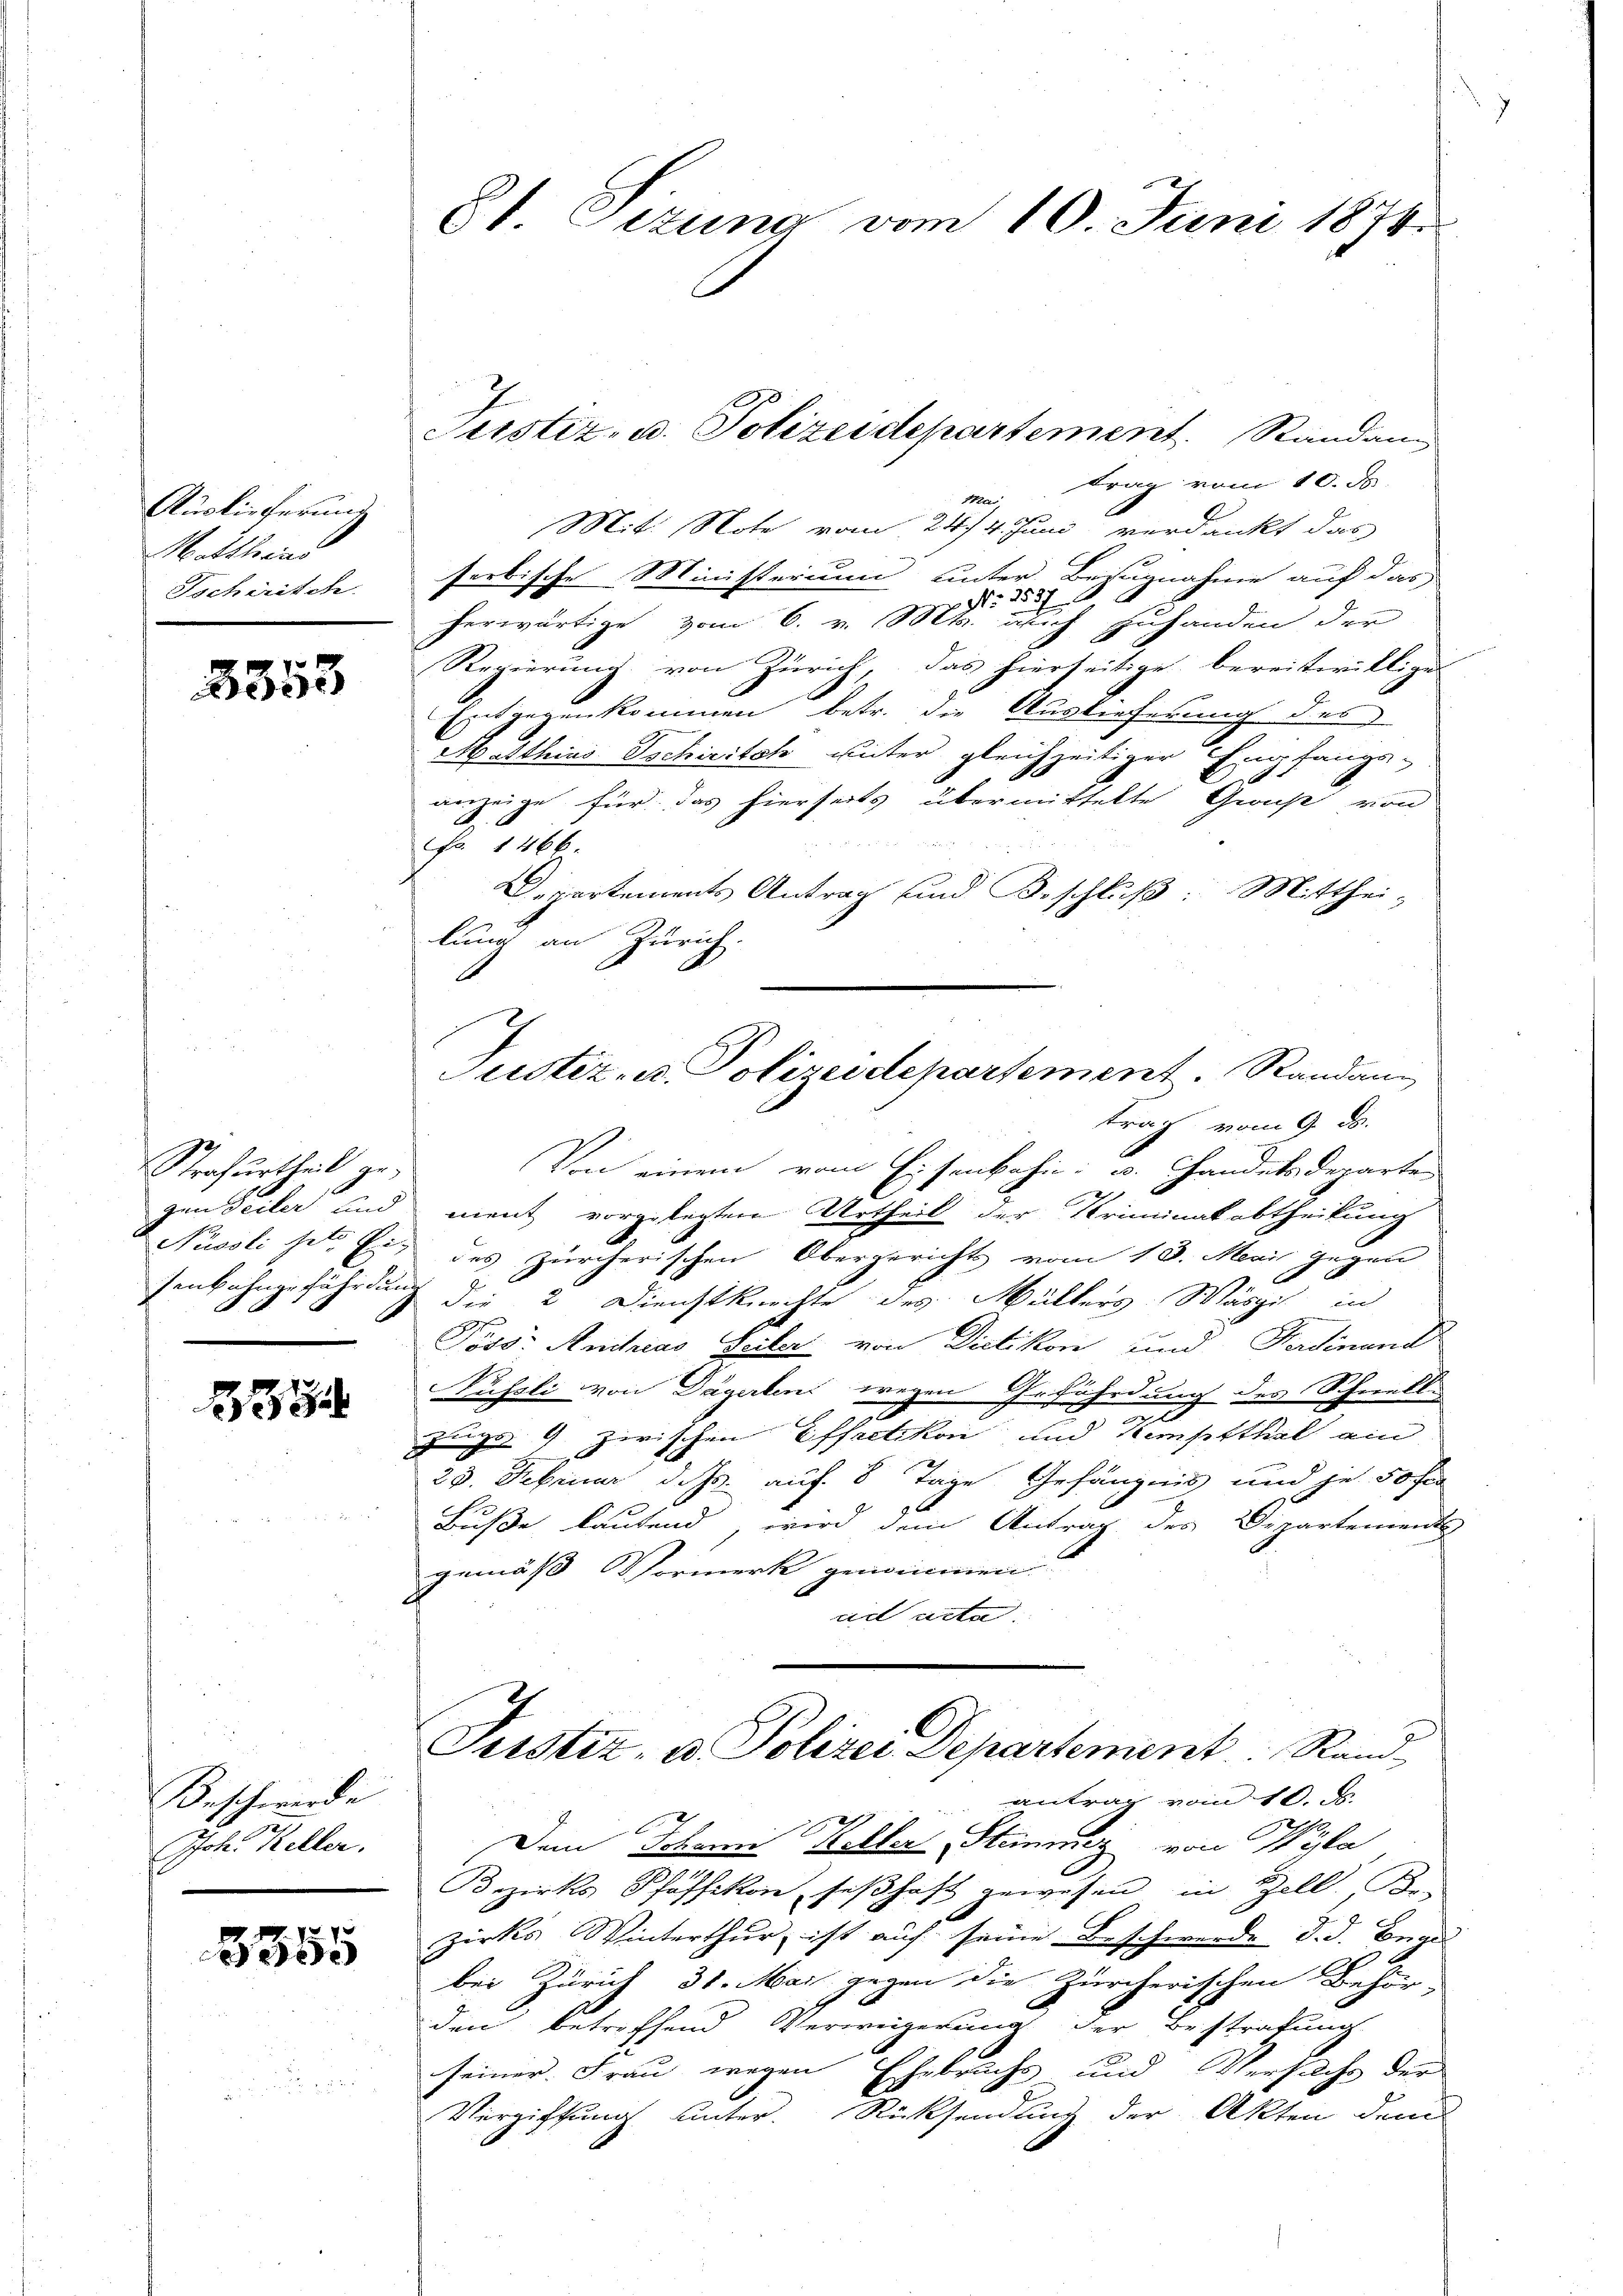
Auslieferung
Matthias
Tschirisch

5353

Strafurtheil ge¬

354

Beschwerde
Joh. Keller.

5355

81. Sizung vom 10. Juni 1878.

mai trag vom 10. ds.
Mit. Note vom 24./4. Juni verdankt das
serbische Ministerium unter Bezugnahme auf das
No. 3537. 6
herwärtige vom 6. v. Mts. auch zuhanden der
Regierung von Zürich, das hierseitige bereitwillige
Eingegenkommen betr. die Auslieferung des
Matthias Tschieitch unter gleichzeitiger Empfangs-
anzeige für das hierseits übermittelte Grache von
Fr. 1466.
Departements Antrag und Beschluß: Mitthei-
lung an Zürich.
trag vom 9. ds.
Von einem vom Eisenbahn u. Handels Departen
2
gen Teiler und ment vorgelegten Urtheil der Kriminalabtheilung
Püssli st. Er des Zürcherischen Obergerichts vom 13. Mai gegen
senbahngefährdung die 2 Dienstknechte des Müllers Wäsgis in
2
Göss: Antrias Seiler von Dietikon und Ferdinand
1
Jussli von Dägertens wegen Gefährdung des Schwell-
zugs 9 zwischen Effretikon und Kemptthal ein
28. Februar d. Js. auf 8 Tage Gefängnis und je 50 fr
Buße lautend, wird dem Antrag des Departement
gemäß Vormerk genommen.
ad acta.
Justiz- u. Polizei Departement Rand
antrag vom 10. J
Dem Johann Keller Stimmig von Wyla
Bezirks Pfäffikon, seßhaft gewesen in Zell, de
zirks Winterthur, ist auf seine B. schwerde d. d. Begu
bei Zürich 31. Mai gegen die Zürcherischen Behör-
den betreffend Verweigerin der Bestrafung
seiner Frau wegen Ehebruchs und Versuche der
Vergiftung unter. Rücksendung der Akten dem

Justiz- u. Polizeidepartement. Randang

Justiz- u. Polizeidepartement. Randan